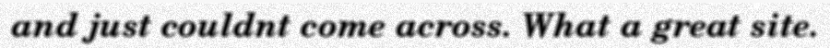
and just couldnt come across. What a great site.